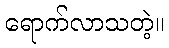
ရောက်လာသတဲ့။